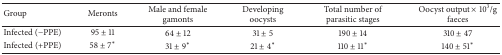
<table><thead><tr><td><b>Group</b></td><td><b>Meronts</b></td><td><b>Male and female gamonts</b></td><td><b>Developing oocysts</b></td><td><b>Total number of parasitic stages</b></td><td><b>Oocyst output × 10<sup>3</sup>/g faeces</b></td></tr></thead><tbody><tr><td>Infected (−PPE)</td><td>95 ± 11</td><td>64 ± 12</td><td>31 ± 5</td><td>190 ± 14</td><td>310 ± 47</td></tr><tr><td>Infected (+PPE)</td><td>58 ± 7<sup>*</sup></td><td>31 ± 9<sup>*</sup></td><td>21 ± 4<sup>*</sup></td><td>110 ± 11<sup>*</sup></td><td>140 ± 51<sup>*</sup></td></tr></tbody></table>